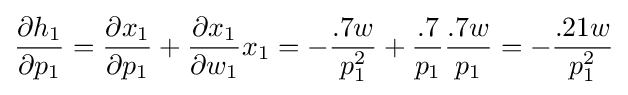
{\frac {\partial h_{1}}{\partial p_{1}}}={\frac {\partial x_{1}}{\partial p_{1}}}+{\frac {\partial x_{1}}{\partial w_{1}}}x_{1}=-{\frac {.7w}{p_{1}^{2}}}+{\frac {.7}{p_{1}}}{\frac {.7w}{p_{1}}}=-{\frac {.21w}{p_{1}^{2}}}